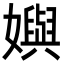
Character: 嬩